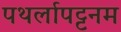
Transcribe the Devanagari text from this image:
पथर्लापट्टनम